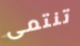
تنتمى